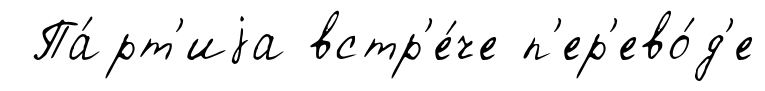
Па́рт'иjа встр'е́че п'ер'ево́д'е